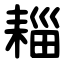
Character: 䎩